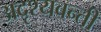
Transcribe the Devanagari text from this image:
अदृश्यवन्ती